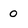
Character: 0